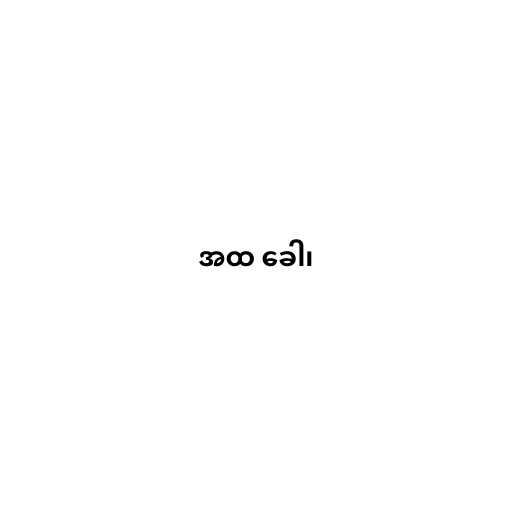
အထ ခေါ၊